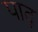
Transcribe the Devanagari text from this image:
पाद्